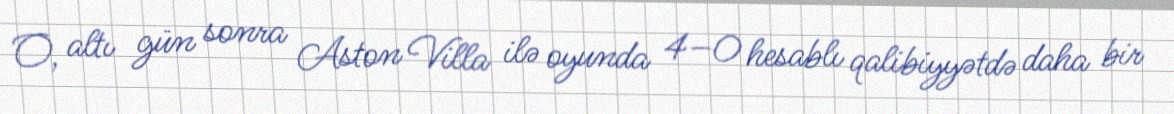
O, altı gün sonra Aston Villa ilə oyunda 4–0 hesablı qalibiyyətdə daha bir